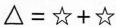
$$△ = ☆ + ☆$$